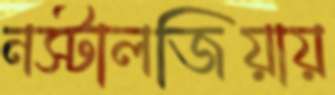
নস্টালজিয়ায়